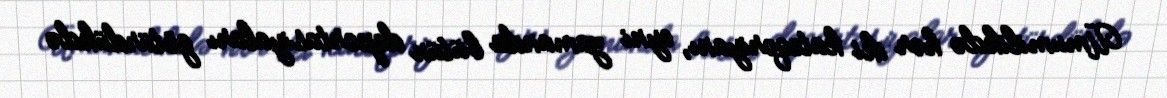
Ümumilikdə hər iki kateqoriyanı, eyni zamanda bütün deportasiyaları götürdükdə